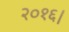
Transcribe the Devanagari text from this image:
२०१६।